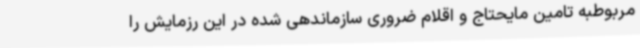
مربوطبه تامین مایحتاج و اقلام ضروری سازماندهی شده در این رزمایش را